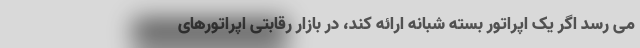
می رسد اگر یک اپراتور بسته شبانه ارائه کند، در بازار رقابتی اپراتورهای